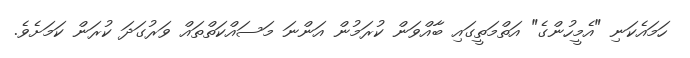
ހަމައެކަނި "އެމީހުންގެ" އަތްމަތީގައި ބާއްވަން ކުރަމުން އަންނަ މަސައްކަތްތައް ވަރުގަދަ ކުރަން ކަމަށެވެ.